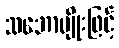
သဘောမျိုးဖြင့်